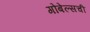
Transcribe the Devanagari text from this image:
गोबेल्सची